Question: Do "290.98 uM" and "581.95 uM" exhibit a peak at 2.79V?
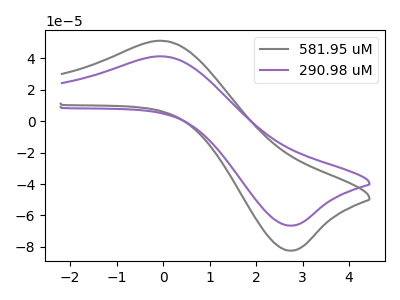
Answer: <think>The gray curve "581.95 uM" has an anodic peak at (0.05V, 51.10uA) and a cathodic peak at (2.80V, -82.35uA). The purple curve "290.98 uM" has an anodic peak at (0.05V, 41.20uA) and a cathodic peak at (2.80V, -66.40uA).</think>
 <answer>Yes, "290.98 uM" and "581.95 uM" share a peak at 2.79V.</answer>
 <eval>match</eval>